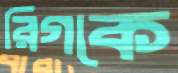
রিগকে